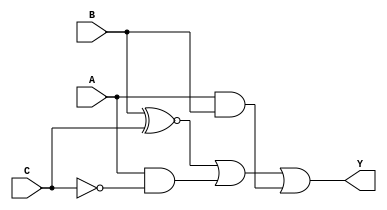
module combinational_logic (
    input wire A, // Input A
    input wire B, // Input B
    input wire C, // Input C
    output wire Y // Output Y
);

// Combinational logic implementation using simplified expression
assign Y = (B ~^ C) | (A & ~C) | (A & B);

endmodule